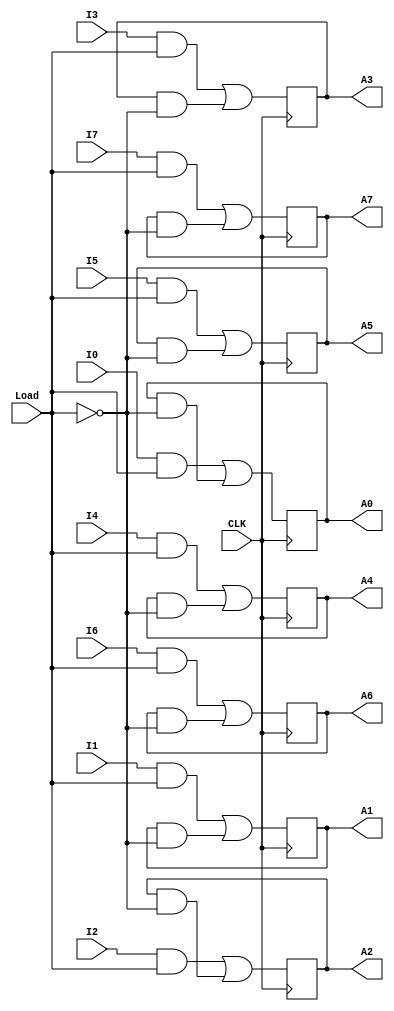
// Copyright (C) 1991-2010 Altera Corporation
// Your use of Altera Corporation's design tools, logic functions 
// and other software and tools, and its AMPP partner logic 
// functions, and any output files from any of the foregoing 
// (including device programming or simulation files), and any 
// associated documentation or information are expressly subject 
// to the terms and conditions of the Altera Program License 
// Subscription Agreement, Altera MegaCore Function License 
// Agreement, or other applicable license agreement, including, 
// without limitation, that your use is for the sole purpose of 
// programming logic devices manufactured by Altera and sold by 
// Altera or its authorized distributors.  Please refer to the 
// applicable agreement for further details.

// PROGRAM		"Quartus II"
// VERSION		"Version 10.0 Build 218 06/27/2010 SJ Web Edition"
// CREATED		"Fri Oct 18 15:26:14 2019"

module lab03(
	I0,
	I1,
	I2,
	I3,
	I4,
	I5,
	I6,
	I7,
	Load,
	CLK,
	A0,
	A1,
	A2,
	A3,
	A4,
	A5,
	A6,
	A7
);


input wire	I0;
input wire	I1;
input wire	I2;
input wire	I3;
input wire	I4;
input wire	I5;
input wire	I6;
input wire	I7;
input wire	Load;
input wire	CLK;
output wire	A0;
output wire	A1;
output wire	A2;
output wire	A3;
output wire	A4;
output wire	A5;
output wire	A6;
output wire	A7;

wire	SYNTHESIZED_WIRE_0;
reg	DFF_inst8;
wire	SYNTHESIZED_WIRE_32;
wire	SYNTHESIZED_WIRE_2;
wire	SYNTHESIZED_WIRE_3;
reg	DFF_inst;
wire	SYNTHESIZED_WIRE_5;
wire	SYNTHESIZED_WIRE_6;
reg	DFF_inst2;
wire	SYNTHESIZED_WIRE_8;
wire	SYNTHESIZED_WIRE_9;
reg	DFF_inst3;
wire	SYNTHESIZED_WIRE_11;
wire	SYNTHESIZED_WIRE_12;
wire	SYNTHESIZED_WIRE_13;
reg	DFF_inst4;
wire	SYNTHESIZED_WIRE_15;
wire	SYNTHESIZED_WIRE_16;
reg	DFF_inst5;
wire	SYNTHESIZED_WIRE_18;
wire	SYNTHESIZED_WIRE_19;
reg	DFF_inst6;
wire	SYNTHESIZED_WIRE_21;
wire	SYNTHESIZED_WIRE_22;
wire	SYNTHESIZED_WIRE_23;
reg	DFF_inst7;
wire	SYNTHESIZED_WIRE_25;
wire	SYNTHESIZED_WIRE_26;
wire	SYNTHESIZED_WIRE_27;
wire	SYNTHESIZED_WIRE_28;
wire	SYNTHESIZED_WIRE_29;
wire	SYNTHESIZED_WIRE_30;
wire	SYNTHESIZED_WIRE_31;

assign	A0 = DFF_inst8;
assign	A1 = DFF_inst;
assign	A2 = DFF_inst2;
assign	A3 = DFF_inst3;
assign	A4 = DFF_inst4;
assign	A5 = DFF_inst5;
assign	A6 = DFF_inst6;
assign	A7 = DFF_inst7;




always@(posedge CLK)
begin
	begin
	DFF_inst = SYNTHESIZED_WIRE_0;
	end
end

assign	SYNTHESIZED_WIRE_3 = DFF_inst8 & SYNTHESIZED_WIRE_32;

assign	SYNTHESIZED_WIRE_2 = I0 & Load;

assign	SYNTHESIZED_WIRE_31 = SYNTHESIZED_WIRE_2 | SYNTHESIZED_WIRE_3;

assign	SYNTHESIZED_WIRE_6 = DFF_inst & SYNTHESIZED_WIRE_32;

assign	SYNTHESIZED_WIRE_5 = I1 & Load;

assign	SYNTHESIZED_WIRE_0 = SYNTHESIZED_WIRE_5 | SYNTHESIZED_WIRE_6;

assign	SYNTHESIZED_WIRE_9 = DFF_inst2 & SYNTHESIZED_WIRE_32;

assign	SYNTHESIZED_WIRE_8 = I2 & Load;

assign	SYNTHESIZED_WIRE_11 = SYNTHESIZED_WIRE_8 | SYNTHESIZED_WIRE_9;

assign	SYNTHESIZED_WIRE_13 = DFF_inst3 & SYNTHESIZED_WIRE_32;


always@(posedge CLK)
begin
	begin
	DFF_inst2 = SYNTHESIZED_WIRE_11;
	end
end

assign	SYNTHESIZED_WIRE_12 = I3 & Load;

assign	SYNTHESIZED_WIRE_21 = SYNTHESIZED_WIRE_12 | SYNTHESIZED_WIRE_13;

assign	SYNTHESIZED_WIRE_16 = DFF_inst4 & SYNTHESIZED_WIRE_32;

assign	SYNTHESIZED_WIRE_15 = I4 & Load;

assign	SYNTHESIZED_WIRE_27 = SYNTHESIZED_WIRE_15 | SYNTHESIZED_WIRE_16;

assign	SYNTHESIZED_WIRE_19 = DFF_inst5 & SYNTHESIZED_WIRE_32;

assign	SYNTHESIZED_WIRE_18 = I5 & Load;

assign	SYNTHESIZED_WIRE_28 = SYNTHESIZED_WIRE_18 | SYNTHESIZED_WIRE_19;

assign	SYNTHESIZED_WIRE_23 = DFF_inst6 & SYNTHESIZED_WIRE_32;

assign	SYNTHESIZED_WIRE_22 = I6 & Load;


always@(posedge CLK)
begin
	begin
	DFF_inst3 = SYNTHESIZED_WIRE_21;
	end
end

assign	SYNTHESIZED_WIRE_29 = SYNTHESIZED_WIRE_22 | SYNTHESIZED_WIRE_23;

assign	SYNTHESIZED_WIRE_26 = DFF_inst7 & SYNTHESIZED_WIRE_32;

assign	SYNTHESIZED_WIRE_25 = I7 & Load;

assign	SYNTHESIZED_WIRE_30 = SYNTHESIZED_WIRE_25 | SYNTHESIZED_WIRE_26;

assign	SYNTHESIZED_WIRE_32 =  ~Load;


always@(posedge CLK)
begin
	begin
	DFF_inst4 = SYNTHESIZED_WIRE_27;
	end
end


always@(posedge CLK)
begin
	begin
	DFF_inst5 = SYNTHESIZED_WIRE_28;
	end
end


always@(posedge CLK)
begin
	begin
	DFF_inst6 = SYNTHESIZED_WIRE_29;
	end
end


always@(posedge CLK)
begin
	begin
	DFF_inst7 = SYNTHESIZED_WIRE_30;
	end
end


always@(posedge CLK)
begin
	begin
	DFF_inst8 = SYNTHESIZED_WIRE_31;
	end
end


endmodule